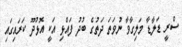
ސްރީ ޑަލާޑާ މަލިގާވާ ނުވަތަ ދަތުގެ ބުދު ފައްޅި އަކީ އޮޅުދޫ ކަރައިގައި